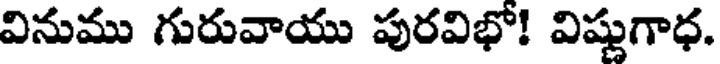
వినుము గురువాయు పురవిభో! విష్ణుగాధ.